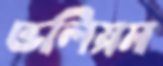
ভলিয়ম